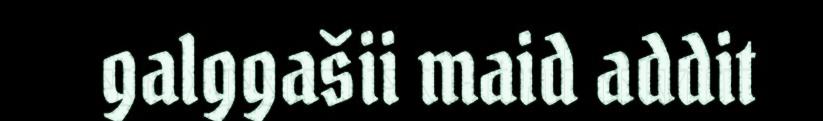
galggašii maid addit